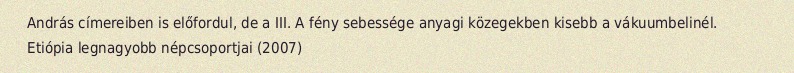
András címereiben is előfordul, de a III. A fény sebessége anyagi közegekben kisebb a vákuumbelinél. Etiópia legnagyobb népcsoportjai (2007)